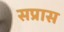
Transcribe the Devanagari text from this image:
सप्रास